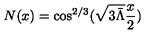
N ( x ) = \cos ^ { 2 / 3 } ( \sqrt { 3 \bar { \Lambda } } \frac x 2 )